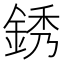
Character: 銹